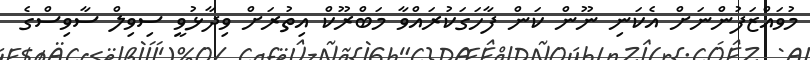
މުވައްޒަފުންނަށް އެކަނި ނޫން ކަން ފާހަގަކުރައްވާ މަބްރޫކް އިތުރަށް ވިދާޅުވީ ސިވިލް ސާވިސްގެ